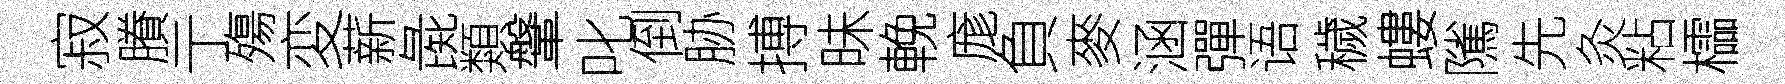
寂賸亍殤変薪彘類鞶叱倒胁搏昧輓庬負麥涵彈语穢螻隲先灸粘櫺